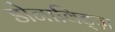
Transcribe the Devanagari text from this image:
डोनाविट्ज़